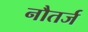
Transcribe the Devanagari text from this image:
नौतर्ज